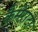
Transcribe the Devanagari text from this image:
कैमेराटा